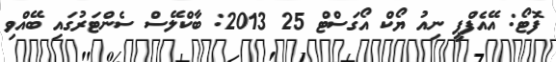
ފޮޓޯ: އޭއެފްޕީ ނިއު ޔޯކް އޯގަސްޓް 25 2013: ބާކްލޭސް ސެންޓަރުގައި ބޭއްވި